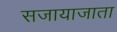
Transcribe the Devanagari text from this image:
सजायाजाता